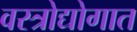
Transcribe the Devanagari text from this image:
वस्त्रोद्योगात